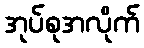
အုပ်စုအလိုက်